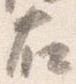
右